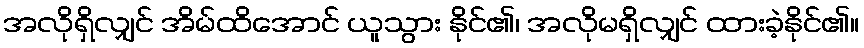
အလိုရှိလျှင် အိမ်ထိအောင် ယူသွား နိုင်၏၊ အလိုမရှိလျှင် ထားခဲ့နိုင်၏။